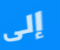
إلى